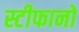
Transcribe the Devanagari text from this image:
स्टीफानो